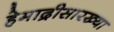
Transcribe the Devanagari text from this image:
हेमाद्रीसारख्या